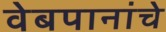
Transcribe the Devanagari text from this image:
वेबपानांचे